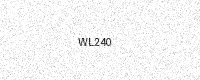
Text: WL240